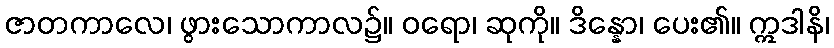
ဇာတကာလေ၊ ဖွားသောကာလ၌။ ဝရော၊ ဆုကို။ ဒိန္နော၊ ပေး၏။ ဣဒါနိ၊